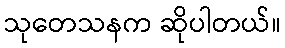
သုတေသနက ဆိုပါတယ်။